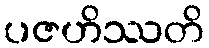
ပဇဟိဿတိ